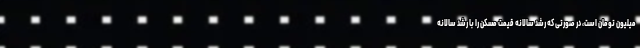
میلیون تومان است، در صورتی که رشد سالانه قیمت مسکن را با رشد سالانه